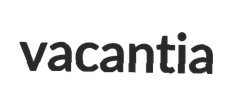
vacantia